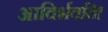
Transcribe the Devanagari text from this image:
आविर्भवति।